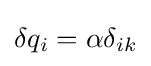
\delta q_{i}=\alpha \delta _{ik}